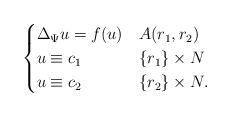
LaTeX: \begin{align*}\begin{cases} \Delta_\Psi u = f (u) & A(r_{1},r_{2}) \\ u \equiv c_{1} & \{ r_{1} \}\times N \\ u \equiv c_{2} &\{r_{2}\} \times N.\end{cases}\end{align*}